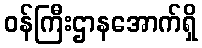
ဝန်ကြီးဌာနအောက်ရှိ